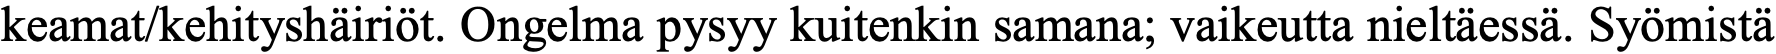
keamat/kehityshäiriöt. Ongelma pysyy kuitenkin samana; vaikeutta nieltäessä. Syömistä